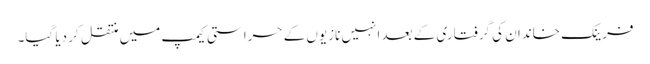
فرینک خاندان کی گرفتاری کے بعد انہیں نازیوں کے حراستی کیمپ میں منتقل کر دیا گیا۔